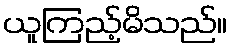
ယူကြည့်မိသည်။